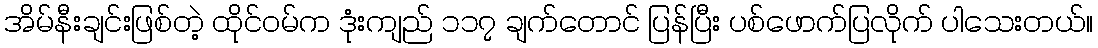
အိမ်နီးချင်းဖြစ်တဲ့ ထိုင်ဝမ်က ဒုံးကျည် ၁၁၇ ချက်တောင် ပြန်ပြီး ပစ်ဖောက်ပြလိုက် ပါသေးတယ်။